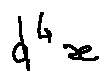
d ^ { 4 } x